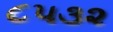
૮૫૩૨